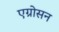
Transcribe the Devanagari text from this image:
एग्रोसन